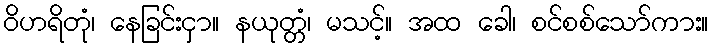
ဝိဟရိတုံ၊ နေခြင်းငှာ။ နယုတ္တံ၊ မသင့်။ အထ ခေါ၊ စင်စစ်သော်ကား။